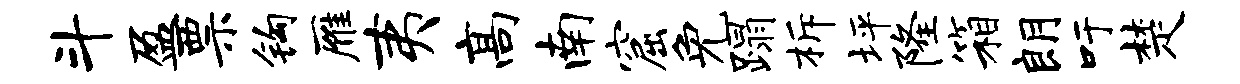
斗盈票钩雁夷高南窟免蹋柝坪隆箱朗吁楚